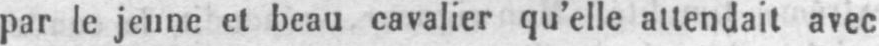
par le jeune et beau cavalier qu’elle attendait avec